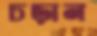
চড়ান